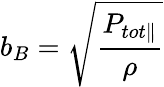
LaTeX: b_{B}=\sqrt{\frac{P_{tot\| }}{\rho}}